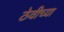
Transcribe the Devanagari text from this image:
ठेवीच्या